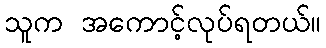
သူက အကောင့်လုပ်ရတယ်။